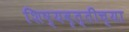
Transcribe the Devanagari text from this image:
शिष्यवृत्तीच्या